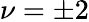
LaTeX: \nu=\pm 2